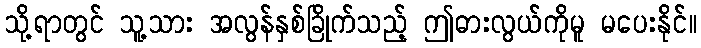
သို့ရာတွင် သူ့သား အလွန်နှစ်ခြိုက်သည့် ဤဓားလွယ်ကိုမူ မပေးနိုင်။